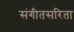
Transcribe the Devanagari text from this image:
संगीतसरिता